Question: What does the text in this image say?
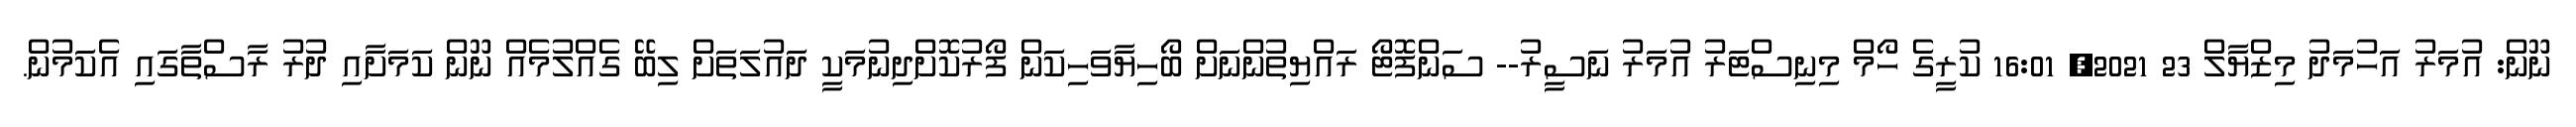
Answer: ނޫން: އުމަރު އަހުމަދު މިޒްޔާލް 23 2021, 16:01 ކުރީގެ ހޯމް މިނިސްޓަރު އުމަރު ނަސީރު-- ސަންފޮޓޯ ރައްޔިތުންނަށް ބޯހިޔާވަހިކަން ފޯރުކޮށްދިނުމަކީ ދައުލަތަށް ލިބޭ ގެއްލުމެއް ނޫން ކަމަށާއި ދުރު ރާސްތާގައި އެކަމުން.